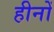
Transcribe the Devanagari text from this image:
हीनों